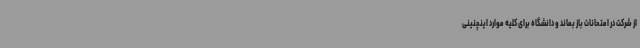
از شرکت در امتحانات باز بماند و دانشگاه برای کلیه موارد اینچنینی